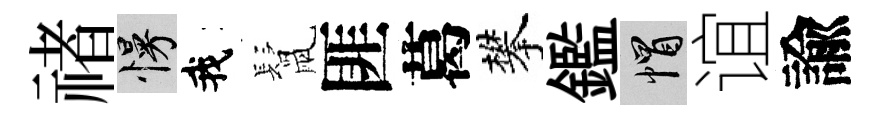
禇慢我鬛匪葛攀鑑帽谊諭